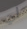
لي